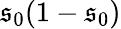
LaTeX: \mathfrak{s}_{0}(1-\mathfrak{s}_{0})